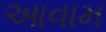
આવામ